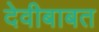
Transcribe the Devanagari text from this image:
देवीबाबत